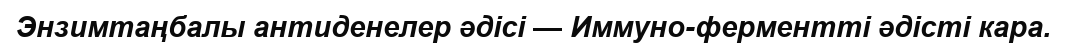
Энзимтаңбалы антиденелер әдісі — Иммуно-ферментті әдісті кара.